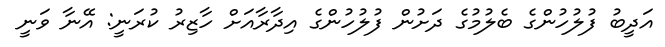
އަދީބު ފުލުހުންގެ ބެލުމުގެ ދަށުން ފުލުހުންގެ އިދާރާއަށް ހާޒިރު ކުރަނީ: އޭނާ ވަނީ